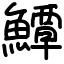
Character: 鱏